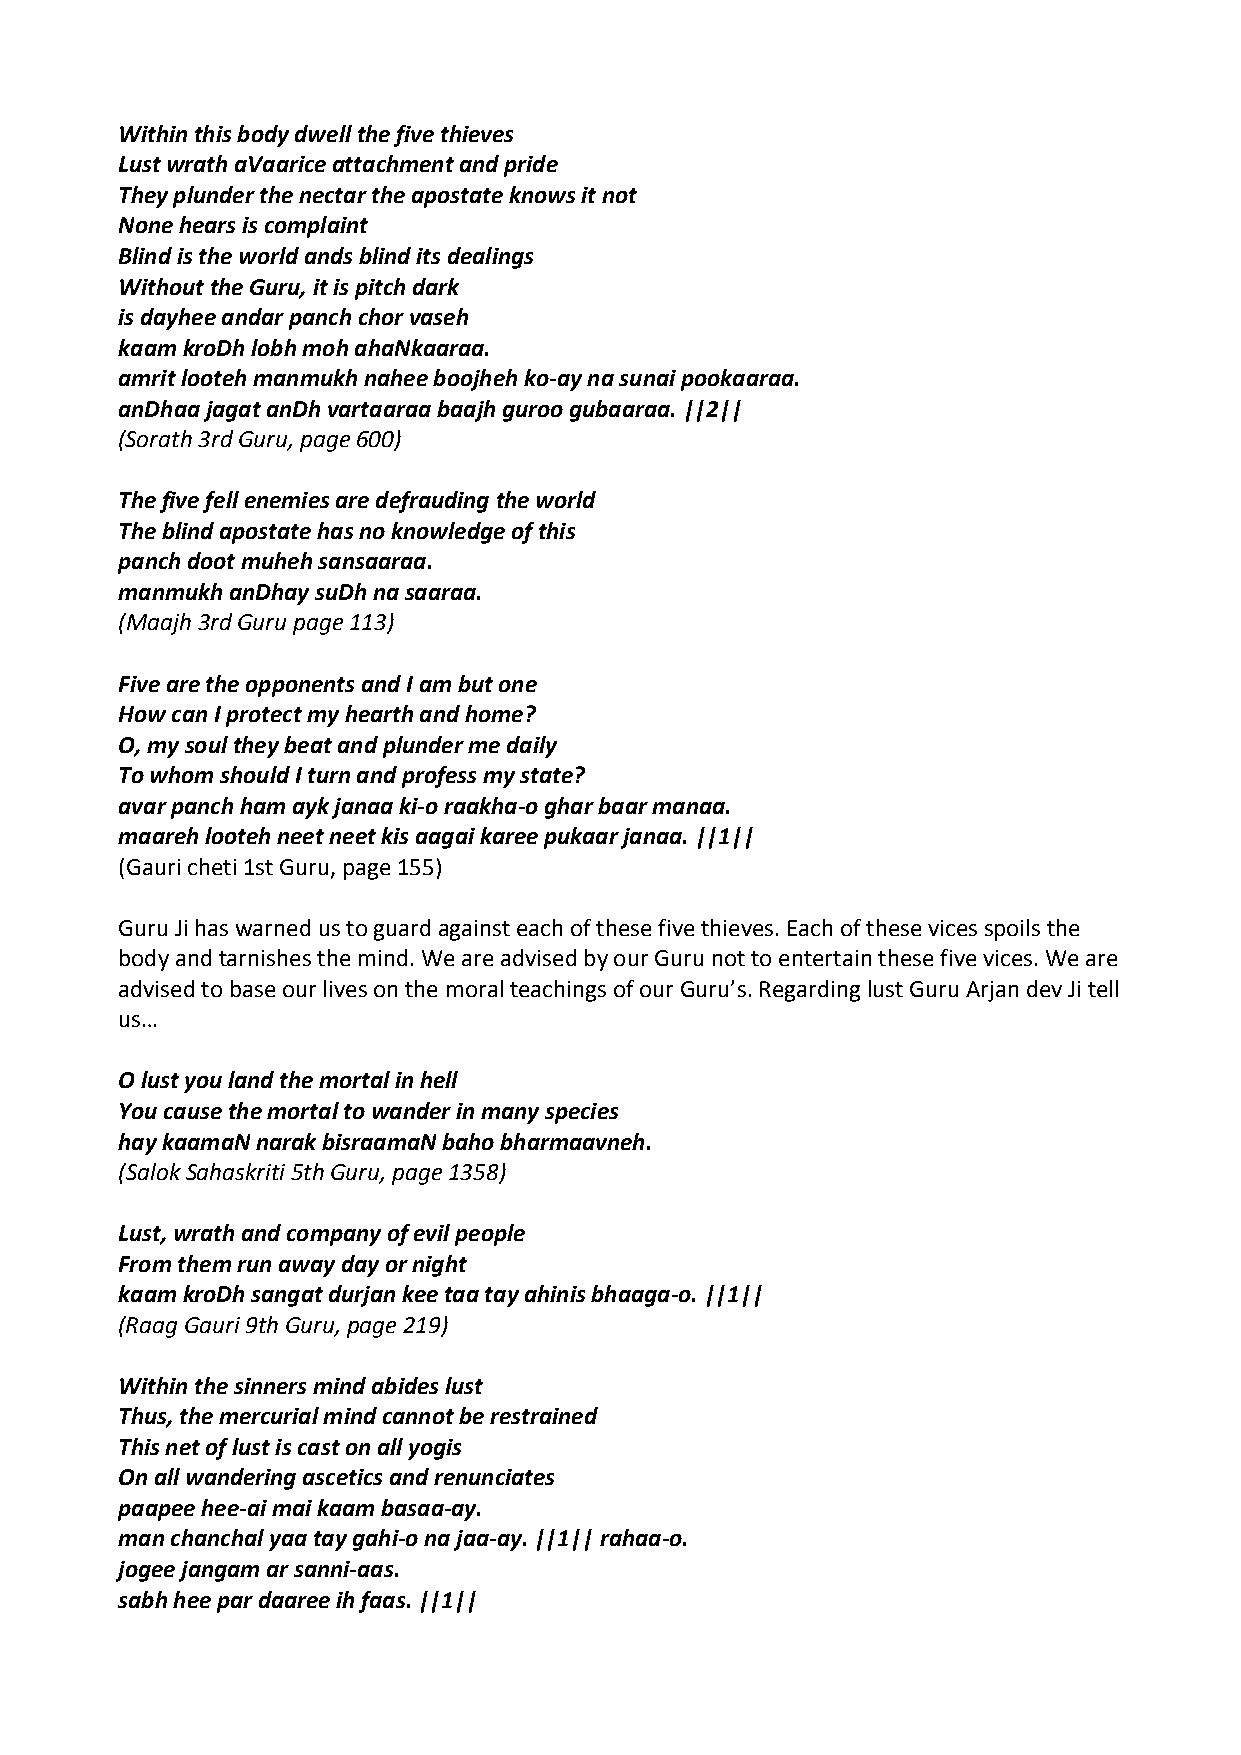
Within this body dwell the five thieves
 Lust wrath aVaarice attachment and pride
 They plunder the nectar the apostate knows it not
 None hears is complaint
 Blind is the world ands blind its dealings
 Without the Guru, it is pitch dark
 is dayhee andar panch chor vaseh
 kaam kroDh lobh moh ahaNkaaraa.
 amrit looteh manmukh nahee boojheh ko‐ay na sunai pookaaraa.
 anDhaa jagat anDh vartaaraa baajh guroo gubaaraa. ||2||
 (Sorath 3rd Guru, page 600)
 The five fell enemies are defrauding the world
 The blind apostate has no knowledge of this
 panch doot muheh sansaaraa.
 manmukh anDhay suDh na saaraa.
 (Maajh 3rd Guru page 113)
 Five are the opponents and I am but one
 How can I protect my hearth and home?
 O, my soul they beat and plunder me daily
 To whom should I turn and profess my state?
 avar panch ham ayk janaa ki‐o raakha‐o ghar baar manaa.
 maareh looteh neet neet kis aagai karee pukaar janaa. ||1||
 (Gauri cheti 1st Guru, page 155)
 Guru Ji has warned us to guard against each of these five thieves. Each of these vices spoils the
 body and tarnishes the mind. We are advised by our Guru not to entertain these five vices. We are
 advised to base our lives on the moral teachings of our Guru’s. Regarding lust Guru Arjan dev Ji tell
 us…
 O lust you land the mortal in hell
 You cause the mortal to wander in many species
 hay kaamaN narak bisraamaN baho bharmaavneh.
 (Salok Sahaskriti 5th Guru, page 1358)
 Lust, wrath and company of evil people
 From them run away day or night
 kaam kroDh sangat durjan kee taa tay ahinis bhaaga‐o. ||1||
 (Raag Gauri 9th Guru, page 219)
 Within the sinners mind abides lust
 Thus, the mercurial mind cannot be restrained
 This net of lust is cast on all yogis
 On all wandering ascetics and renunciates
 paapee hee‐ai mai kaam basaa‐ay.
 man chanchal yaa tay gahi‐o na jaa‐ay. ||1|| rahaa‐o.
 jogee jangam ar sanni‐aas.
 sabh hee par daaree ih faas. ||1||